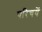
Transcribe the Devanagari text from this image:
परिचयें